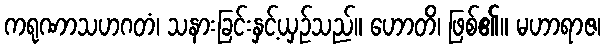
ကရုဏာသဟဂတံ၊ သနားခြင်းနှင့်ယှဉ်သည်။ ဟောတိ၊ ဖြစ်၏။ မဟာရာဇ၊